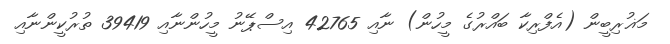
މަޣުރިބީން (އެފްރިކާ ބައްރުގެ މީހުން) ނާއި 42765 އިސްޕޭނު މީހުންނާއި 39419 ތުރުކީންނާއި